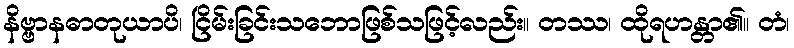
နိဗ္ဗာနဓာတုယာပိ၊ ငြိမ်းခြင်းသဘောဖြစ်သဖြင့်လည်း။ တဿ၊ ထိုရဟန္တာ၏။ တံ၊